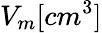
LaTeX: V_{m}[cm^{3}]